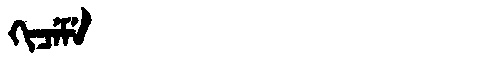
Manchu: ᡴᡳᠴᡝᠮᡝ
Romanization: KICEME